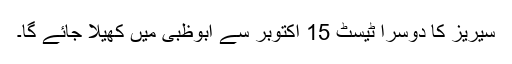
سیریز کا دوسرا ٹیسٹ 15 اکتوبر سے ابوظبی میں کھیلا جائے گا۔